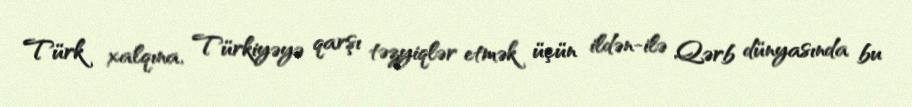
Türk xalqına, Türkiyəyə qarşı təzyiqlər etmək üçün ildən-ilə Qərb dünyasında bu